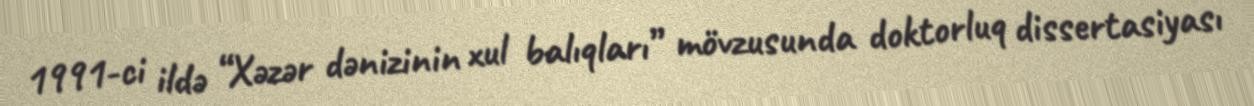
1991-ci ildə “Xəzər dənizinin xul balıqları” mövzusunda doktorluq dissertasiyası